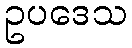
ဥပဒေသ